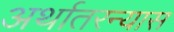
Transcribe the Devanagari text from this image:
अर्थातरन्यास